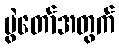
ပွဲတော်အတွက်